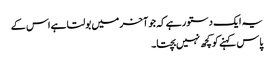
یہ ایک دستور ہے کہ جو آخر میں بولتا ہے اس کے
پاس کہنے کو کچھ نہیں بچتا۔